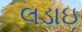
લડાઇ